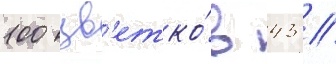
100 цв'етко́в 43 /